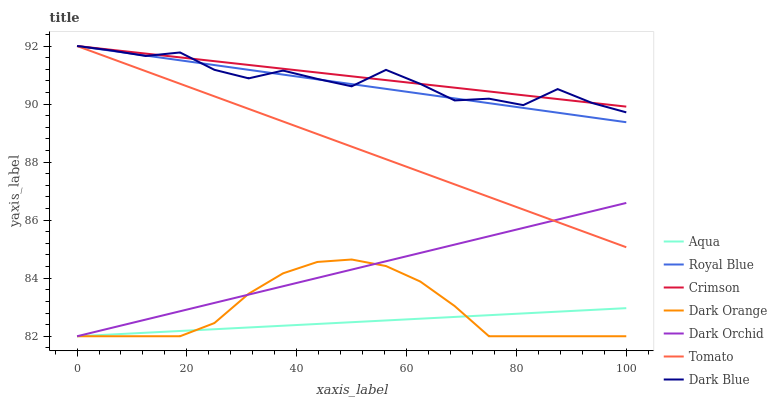
| xaxis_label | Aqua | Royal Blue | Crimson | Dark Orange | Dark Orchid | Tomato | Dark Blue |
 | --- | --- | --- | --- | --- | --- | --- | --- |
 | 0 | 82 | 92 | 92 | 82 | 82 | 92 | 92 |
 | 6.25 | 82.1 | 91.8 | 91.9 | 82 | 82.3 | 91.6 | 91.8 |
 | 12.5 | 82.1 | 91.7 | 91.7 | 82 | 82.6 | 91.1 | 91.7 |
 | 18.8 | 82.2 | 91.5 | 91.6 | 82 | 82.9 | 90.7 | 91.8 |
 | 25 | 82.2 | 91.3 | 91.5 | 82.5 | 83.1 | 90.3 | 91.2 |
 | 31.2 | 82.3 | 91.2 | 91.3 | 83.5 | 83.4 | 89.8 | 90.9 |
 | 37.5 | 82.4 | 91 | 91.2 | 84.2 | 83.7 | 89.4 | 91.2 |
 | 43.8 | 82.4 | 90.9 | 91.1 | 84.6 | 84 | 89 | 90.9 |
 | 50 | 82.5 | 90.7 | 91 | 84.6 | 84.3 | 88.5 | 90.6 |
 | 56.2 | 82.5 | 90.5 | 90.8 | 84.4 | 84.6 | 88.1 | 91.2 |
 | 62.5 | 82.6 | 90.4 | 90.7 | 83.9 | 84.9 | 87.7 | 90.7 |
 | 68.8 | 82.7 | 90.2 | 90.6 | 83 | 85.2 | 87.2 | 90.1 |
 | 75 | 82.7 | 90 | 90.4 | 82 | 85.4 | 86.8 | 90.2 |
 | 81.2 | 82.8 | 89.9 | 90.3 | 82 | 85.7 | 86.4 | 90 |
 | 87.5 | 82.8 | 89.7 | 90.2 | 82 | 86 | 85.9 | 90.5 |
 | 93.8 | 82.9 | 89.5 | 90 | 82 | 86.3 | 85.5 | 90 |
 | 100 | 83 | 89.4 | 89.9 | 82 | 86.6 | 85.1 | 89.7 |